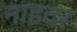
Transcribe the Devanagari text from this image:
नाइदर